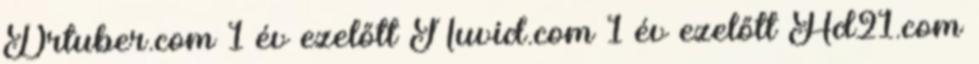
Drtuber.com 1 év ezelőtt Nuvid.com 1 év ezelőtt Hd21.com